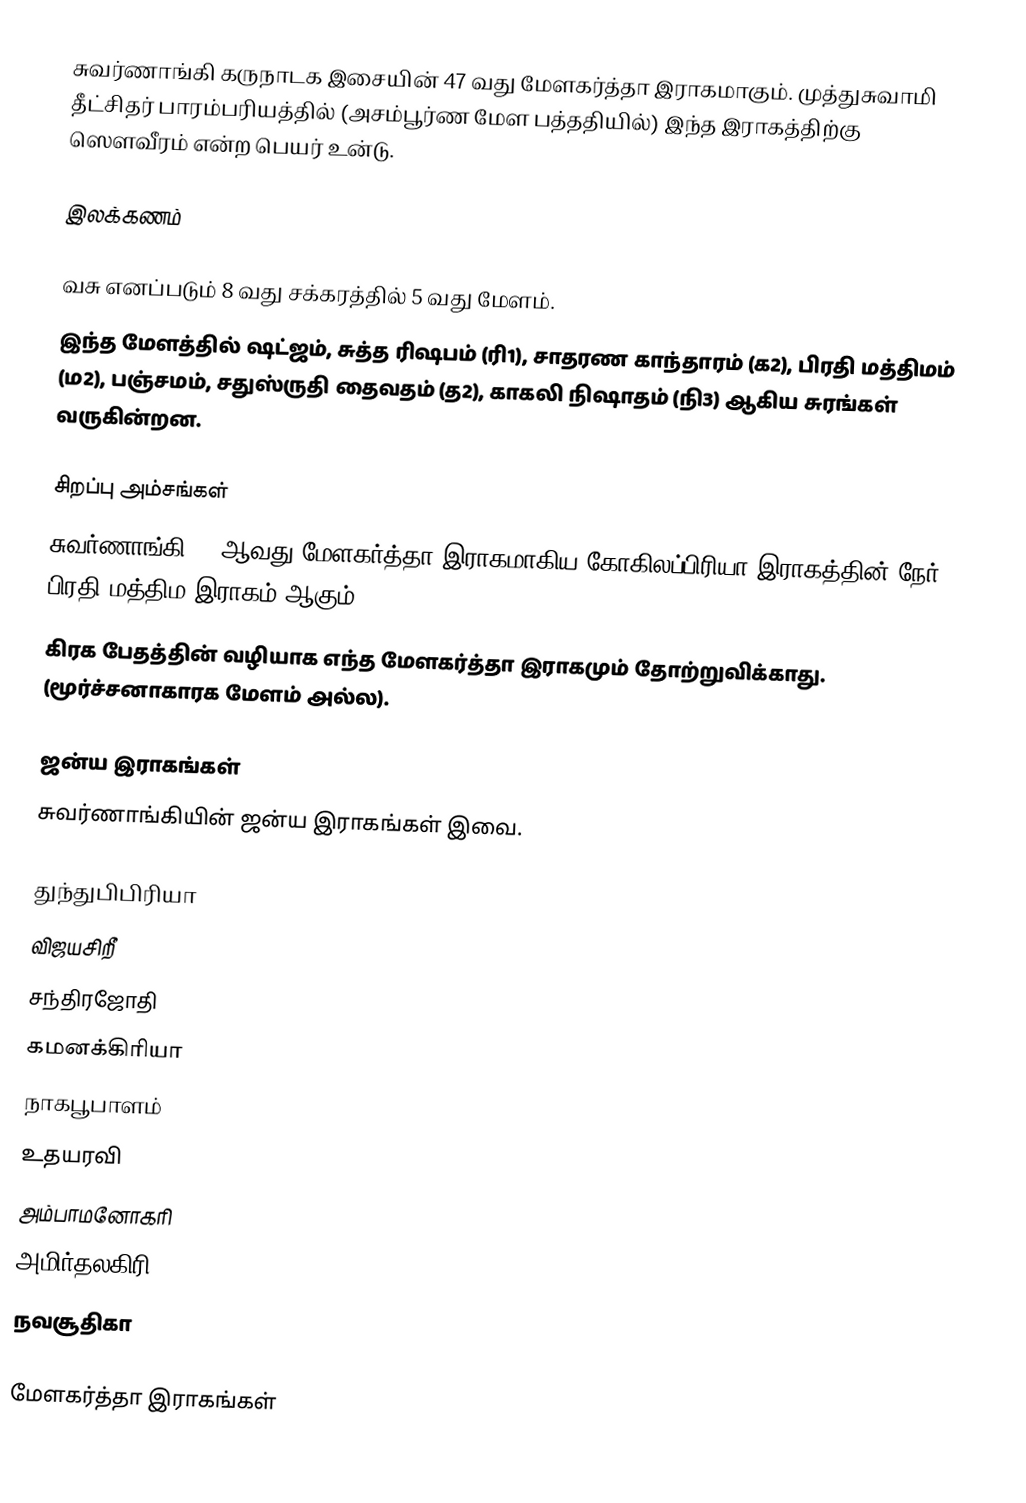
சுவர்ணாங்கி கருநாடக இசையின் 47 வது மேளகர்த்தா இராகமாகும். முத்துசுவாமி தீட்சிதர் பாரம்பரியத்தில் (அசம்பூர்ண மேள பத்ததியில்) இந்த இராகத்திற்கு ஸௌவீரம் என்ற பெயர் உன்டு.

இலக்கணம்

 வசு எனப்படும்  8 வது சக்கரத்தில் 5 வது மேளம்.
 இந்த மேளத்தில் ஷட்ஜம், சுத்த ரிஷபம் (ரி1), சாதரண காந்தாரம் (க2), பிரதி மத்திமம் (ம2), பஞ்சமம், சதுஸ்ருதி தைவதம் (த2), காகலி நிஷாதம் (நி3) ஆகிய சுரங்கள் வருகின்றன.

சிறப்பு அம்சங்கள்
 சுவர்ணாங்கி 11 ஆவது மேளகர்த்தா இராகமாகிய கோகிலப்பிரியா இராகத்தின் நேர் பிரதி மத்திம இராகம் ஆகும்.
 கிரக பேதத்தின் வழியாக எந்த மேளகர்த்தா இராகமும் தோற்றுவிக்காது. (மூர்ச்சனாகாரக மேளம் அல்ல).

ஜன்ய இராகங்கள்
சுவர்ணாங்கியின் ஜன்ய இராகங்கள் இவை.

 துந்துபிபிரியா
 விஜயசிறீ
 சந்திரஜோதி
 கமனக்கிரியா
 நாகபூபாளம்
 உதயரவி
 அம்பாமனோகரி
 அமிர்தலகிரி
 நவசூதிகா

மேளகர்த்தா இராகங்கள்